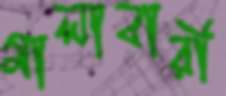
মালাবারী